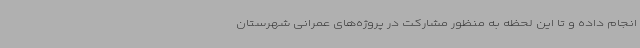
انجام داده و تا این لحظه به منظور مشارکت در پروژه‌های عمرانی شهرستان